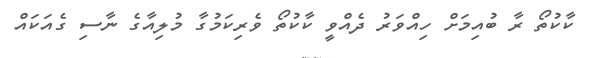
ކާކުތޯ ރާ ބުއިމަށް ހިއްވަރު ދެއްވީ ކާކުތޯ ވެރިކަމުގާ މުލިއާގެ ނާސި ގެއަކައް